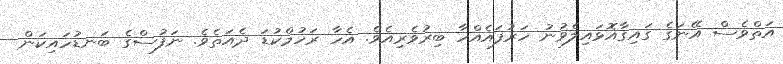
އަތްވެސް އޭނަގެ ގައިގާއޮޅައިލެވުނު ހަރުފައެއްހާ ބިރުވެރިއެވެ. އެހާ ރަހުމްކުޑަ ދެއަތެވެ. ނަފުސްގެ ބަނޑުހައިކަން